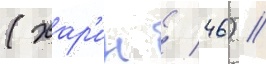
(хар'ин / 46) /